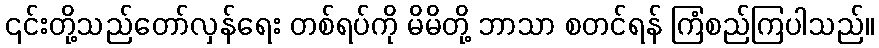
၎င်းတို့သည်တော်လှန်ရေး တစ်ရပ်ကို မိမိတို့ ဘာသာ စတင်ရန် ကြံစည်ကြပါသည်။